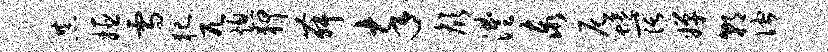
恭姬雪犯兀熄狎舞卒颜澧泰尼蜷阔婵朝伫